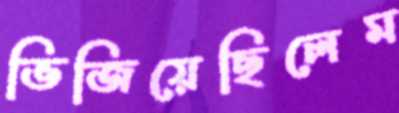
ভিজিয়েছিলেম